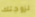
لزوجتك